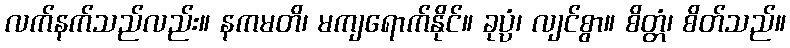
လက်နက်သည်လည်း။ နကမတိ၊ မကျရောက်နိုင်။ ခုပ္ပံ၊ လျင်စွာ။ စိတ္တံ၊ စိတ်သည်။